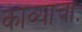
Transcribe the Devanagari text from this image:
काव्याचाः